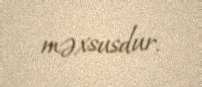
məxsusdur.